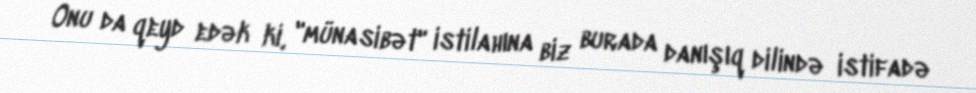
Onu da qeyd edək ki, "münasibət" istilahına biz burada danışıq dilində istifadə